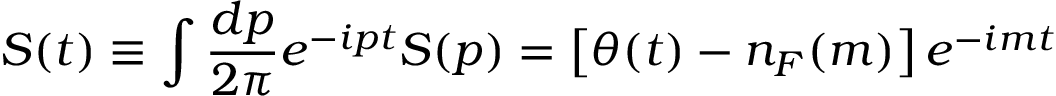
S ( t ) \equiv \int { \frac { d p } { 2 \pi } } e ^ { - i p t } S ( p ) = \left[ \theta ( t ) - n _ { F } ( m ) \right] e ^ { - i m t }